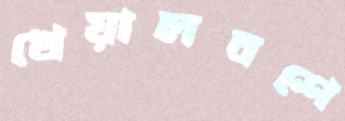
খেয়ালবশে